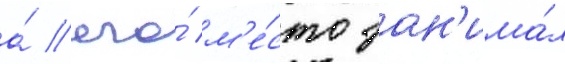
а́ его́ м'е́сто зан'има́л